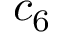
c _ { 6 }